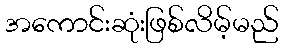
အကောင်းဆုံးဖြစ်လိမ့်မည်